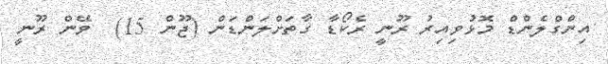
އިންގްލެންޑް މޮޅުވިއިރު ރޫނީ ރެކޯޑާ ގާތަށްލަންޑަން (ޖޫން 15)  ވޭން ރޫނީ